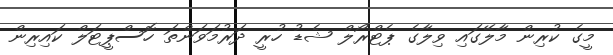
މީގެ ކުރިން މާލޭގައި ވިލާގެ ޕެޓްރޯލް ޝެޑު ހުރީ ދަރުމަވަންތަ ހޮސްޕީޓަލް ކައިރިން